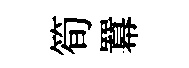
筍羃